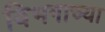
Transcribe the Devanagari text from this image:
विभगाच्या